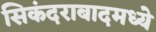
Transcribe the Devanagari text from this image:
सिकंदराबादमध्ये